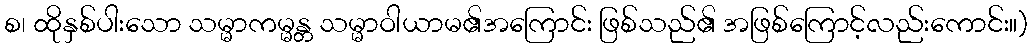
စ၊ ထိုနှစ်ပါးသော သမ္မာကမ္မန္တ သမ္မာဝါယာမ၏အကြောင်း ဖြစ်သည်၏ အဖြစ်ကြောင့်လည်းကောင်း။)